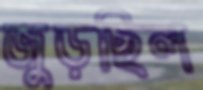
জুড়ছিল